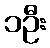
၁ဦး